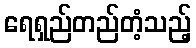
ရေရှည်တည်တံ့သည့်